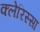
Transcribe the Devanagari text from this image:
क्लेरिस्सा